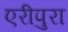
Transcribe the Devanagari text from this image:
एरीपुरा